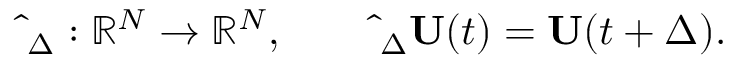
\widehat { \bf \Phi } _ { \Delta } : \mathbb R ^ { N } \rightarrow \mathbb R ^ { N } , \qquad \widehat { \bf \Phi } _ { \Delta } { \bf U } ( t ) = { \bf U } ( t + \Delta ) .